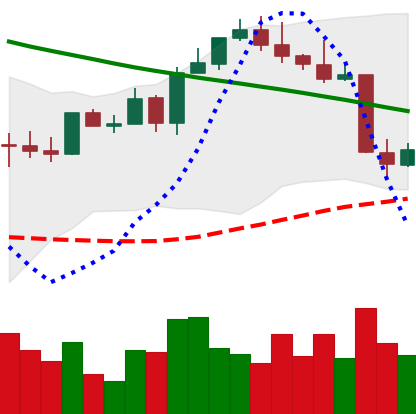
Ticker: ETH-USD
Chart end date: 2022-08-21
Forward return: -6.888%
Label: down_5_7